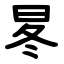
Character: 㫡